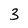
Character: 3